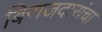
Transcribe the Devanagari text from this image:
बिराजदारांचा